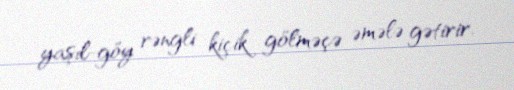
yaşıl-göy rəngli kiçik gölməçə əmələ gətirir.